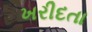
ખરીદતા